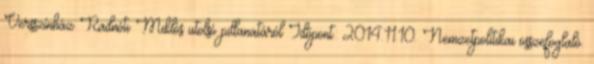
Versszínház Radnóti Miklós utolsó pillanatáról Időpont: 2014.11.10. Nemzetpolitikai összefoglaló.